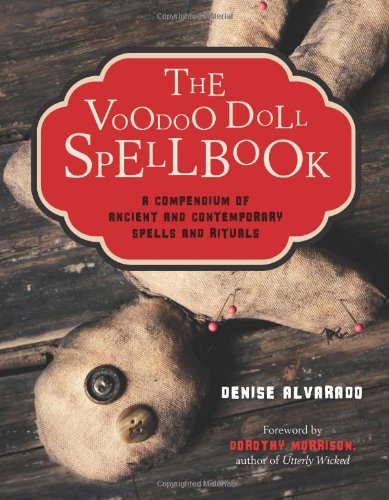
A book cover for The Voodoo Doll Spellbook: A Compendium of Ancient and Contemporary Spells and Rituals; Denise Alvarado; Religion & Spirituality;